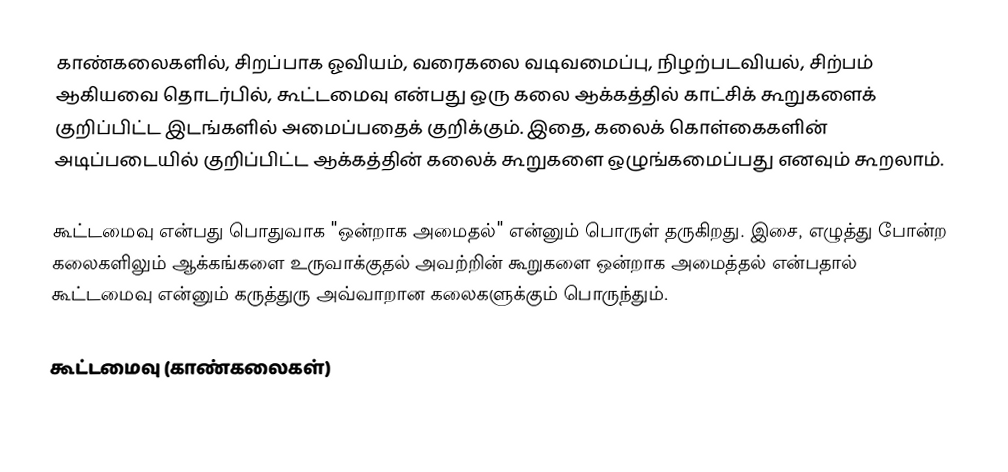
காண்கலைகளில், சிறப்பாக ஓவியம், வரைகலை வடிவமைப்பு, நிழற்படவியல், சிற்பம் ஆகியவை தொடர்பில், கூட்டமைவு என்பது ஒரு கலை ஆக்கத்தில் காட்சிக் கூறுகளைக் குறிப்பிட்ட இடங்களில் அமைப்பதைக் குறிக்கும். இதை, கலைக் கொள்கைகளின் அடிப்படையில் குறிப்பிட்ட ஆக்கத்தின் கலைக் கூறுகளை ஒழுங்கமைப்பது எனவும் கூறலாம்.

கூட்டமைவு என்பது பொதுவாக "ஒன்றாக அமைதல்" என்னும் பொருள் தருகிறது. இசை, எழுத்து போன்ற கலைகளிலும் ஆக்கங்களை உருவாக்குதல் அவற்றின் கூறுகளை ஒன்றாக அமைத்தல் என்பதால் கூட்டமைவு என்னும் கருத்துரு அவ்வாறான கலைகளுக்கும் பொருந்தும்.

கூட்டமைவு (காண்கலைகள்)